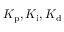
K _ { \mathrm { p } } , K _ { \mathrm { i } } , K _ { \mathrm { d } }